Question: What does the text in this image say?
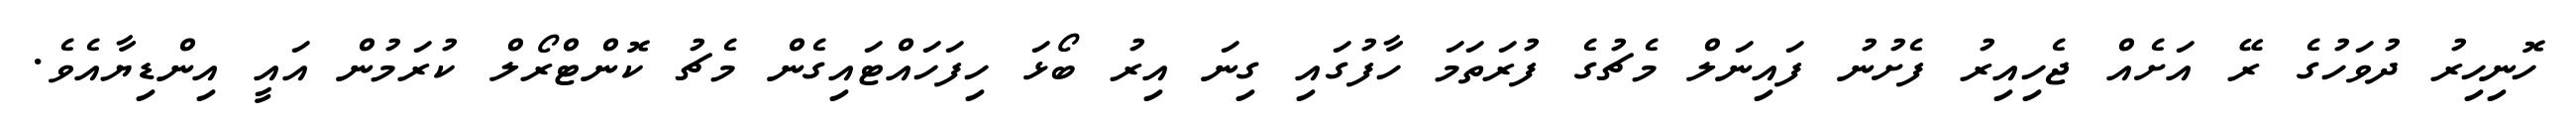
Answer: ހޮނިހިރު ދުވަހުގެ ރޭ އަށެއް ޖެހިއިރު ފެށުނު ފައިނަލް މެޗުގެ ފުރަތަމަ ހާފުގައި ގިނަ އިރު ބޯޅަ ހިފަހައްޓައިގެން މެޗު ކޮންޓްރޯލް ކުރަމުން އައީ އިންޑިޔާއެވެ.